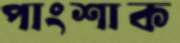
পাংশাক